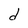
Character: d